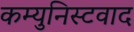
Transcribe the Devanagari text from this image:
कम्युनिस्टवाद